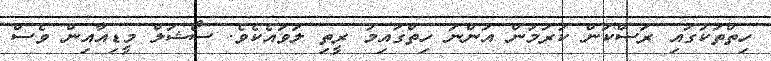
ހިތްތަކުގައި ރަސްކަން ކުރަމުން އަންނަ ހިތްގައިމު ރީތި ލަވައެކެވެ. ސޯޝަލް މީޑިއާއިން ވެސް